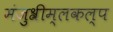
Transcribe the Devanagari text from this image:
मंजुश्रीम्लकल्प